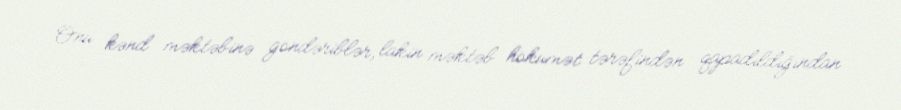
Onu kənd məktəbinə göndəriblər, lakin məktəb hökumət tərəfindən qapadıldığından